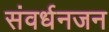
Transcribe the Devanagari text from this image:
संवर्धनजन